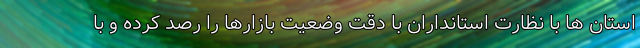
استان ها با نظارت استانداران با دقت وضعیت بازارها را رصد کرده و با